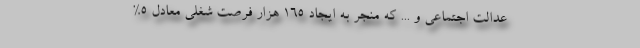
عدالت اجتماعی و ... که منجر به ایجاد 165 هزار فرصت شغلی معادل 5%